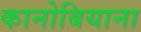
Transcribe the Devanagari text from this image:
कानोबियाना